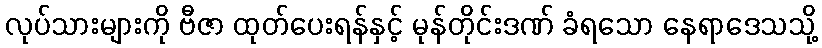
လုပ်သားများကို ဗီဇာ ထုတ်ပေးရန်နှင့် မုန်တိုင်းဒဏ် ခံရသော နေရာဒေသသို့